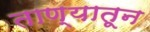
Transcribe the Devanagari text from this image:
ताण्यातून